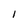
Character: I